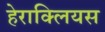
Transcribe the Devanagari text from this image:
हेराक्लियस